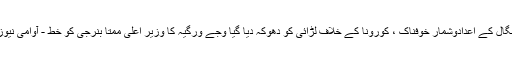
بنگال کے اعدادوشمار خوفناک ، کورونا کے خلاف لڑائی کو دھوکہ دیا گیا وجے ورگیہ کا وزیر اعلی ممتا بنرجی کو خط - آوامی نیوز۔